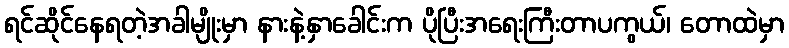
ရင်ဆိုင်နေရတဲ့အခါမျိုးမှာ နားနဲ့နှာခေါင်းက ပိုပြီးအရေးကြီးတာပကွယ်၊ တောထဲမှာ